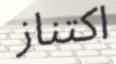
اكتناز